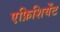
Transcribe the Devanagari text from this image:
एफ़िशियेंट